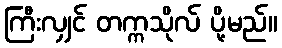
ကြီးလျှင် တက္ကသိုလ် ပို့မည်။